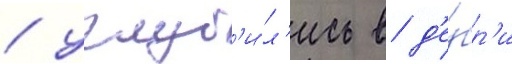
/ углуб'и́л'ись в д'е́бр'и